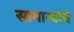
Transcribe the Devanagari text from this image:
सामान्यांचे